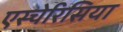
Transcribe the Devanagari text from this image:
एस्चेरिसिया